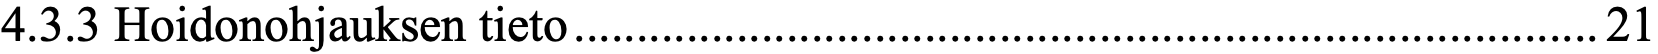
4.3.3 Hoidonohjauksen tieto .................................................................................. 21